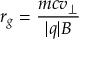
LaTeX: r _ { g } = { \frac { m c v _ { \perp } } { | q | B } }